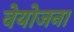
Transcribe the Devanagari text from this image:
वेयोजना